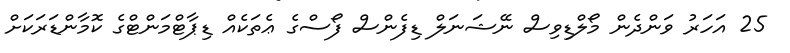
25 އަހަރު ވަންދެން މޯލްޑިވިސް ނޭޝަނަލް ޑިފެންސް ފޯސްގެ ޢެތަކެއް ޑިޕާޓްމަންޓްގެ ކޮމާންޑަރަކަށް